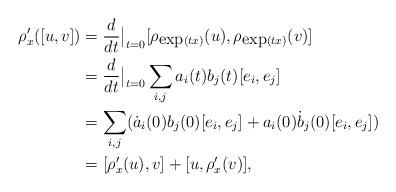
LaTeX: \begin{align*}\rho'_x([u,v])&=\frac{d}{dt}\big|_{t=0}[\rho_{\mbox{exp}(tx)}(u),\rho_{\mbox{exp}(tx)}(v)]\\&=\frac{d}{dt}\big|_{t=0} \sum_{i,j} a_i(t)b_j(t)[e_i,e_j]\\&=\sum_{i,j}(\dot{a}_i(0)b_j(0)[e_i,e_j]+a_i(0)\dot{b}_j(0)[e_i,e_j])\\&=[\rho'_x(u),v]+[u,\rho'_x(v)],\end{align*}